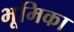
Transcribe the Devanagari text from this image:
भूूमिका